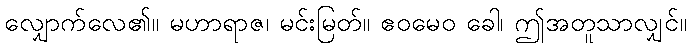
လျှောက်လေ၏။ မဟာရာဇ၊ မင်းမြတ်။ ဧဝမေဝ ခေါ၊ ဤအတူသာလျှင်။